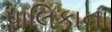
પાલિકાના